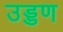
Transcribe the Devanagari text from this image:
उड्डण